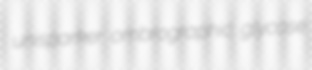
unisparker ombrographic glycose